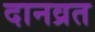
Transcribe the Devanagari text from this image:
दानव्रत